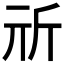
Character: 𣂕